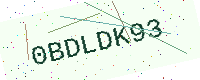
Text: 0BDLDK93